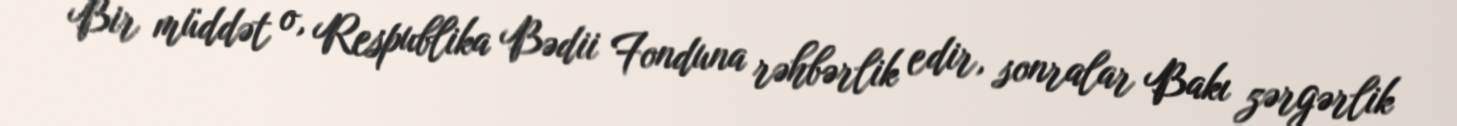
Bir müddət o, Respublika Bədii Fonduna rəhbərlik edir, sonralar Bakı zərgərlik